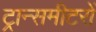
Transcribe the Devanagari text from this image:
ट्रान्समीटरों